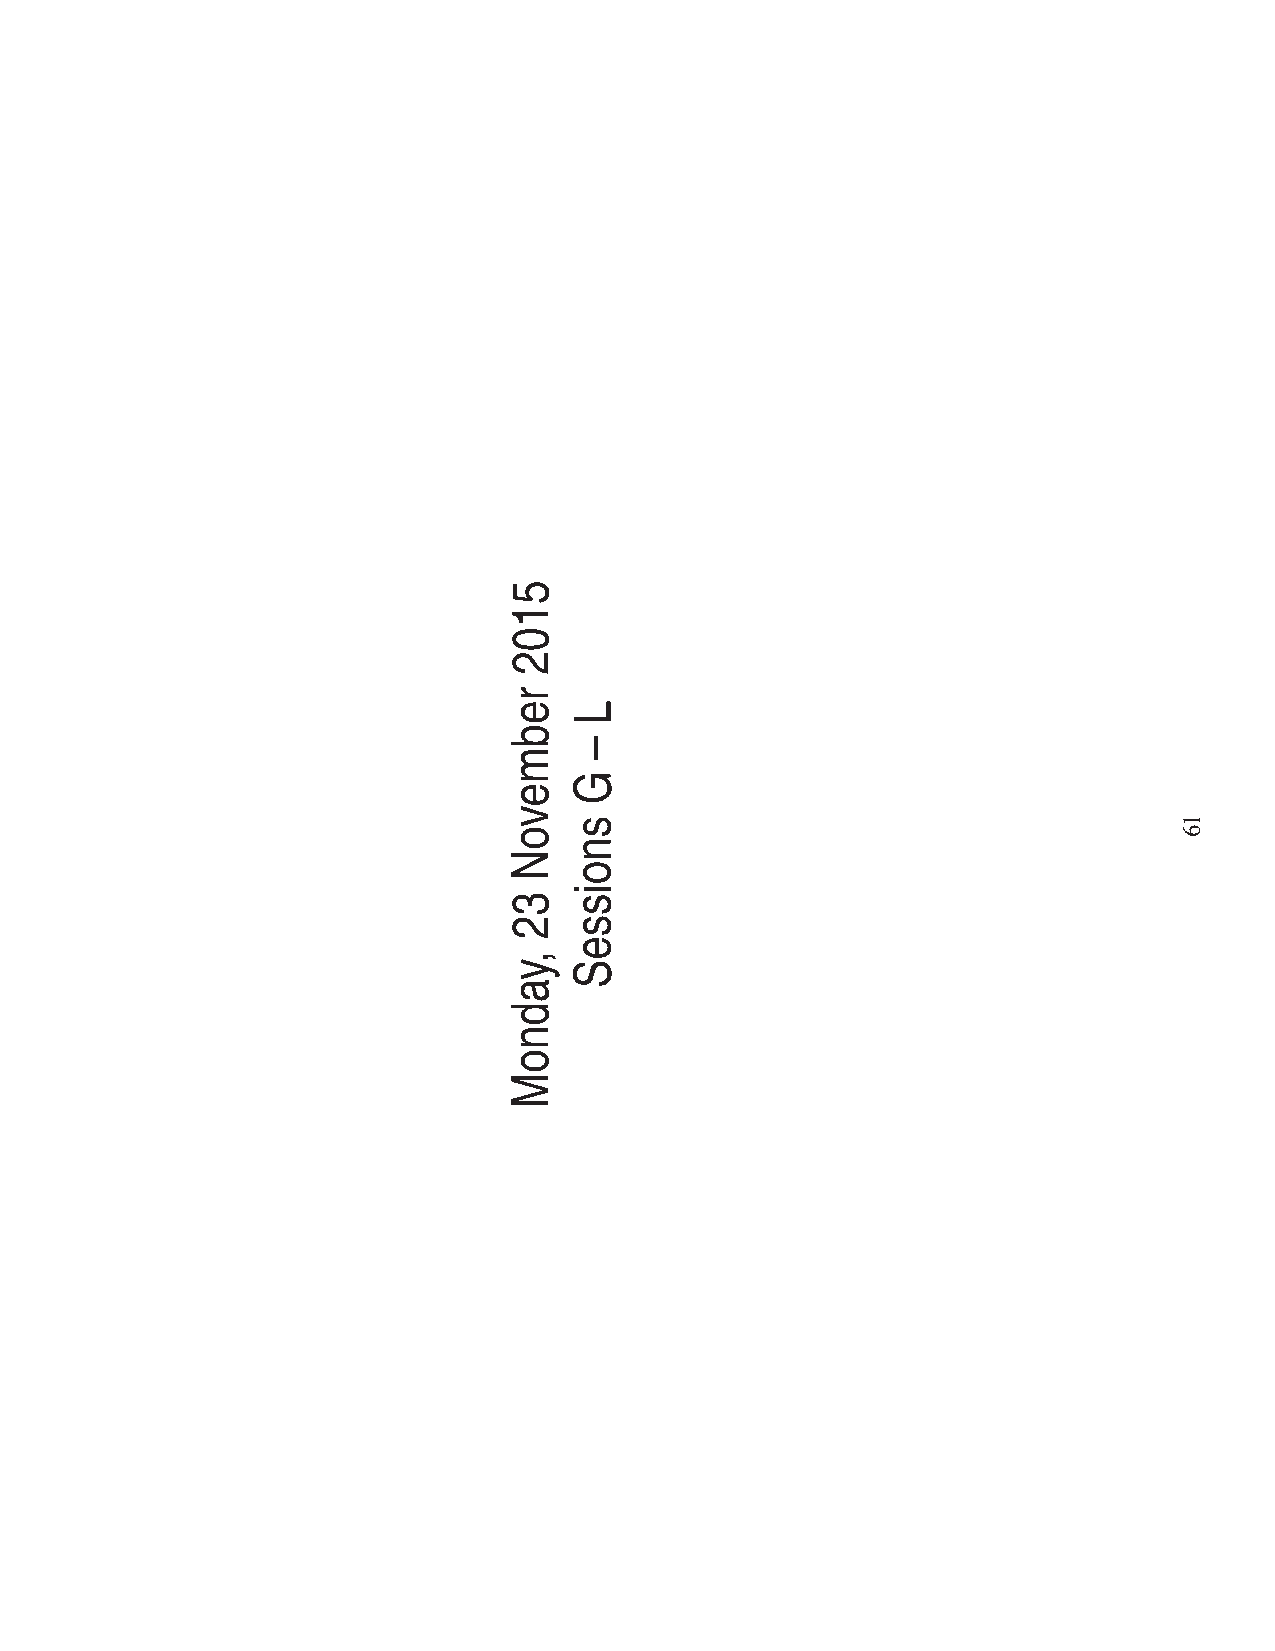
5102
 rebmevoN
 32
 ,yadnoM
 L
 –
 G
 snoisseS                                16